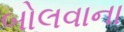
બોલવાના